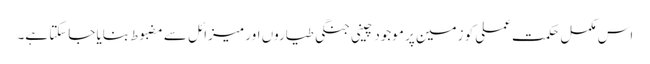
اس مکمل حکمت عملی کو زمین پر موجود چینی جنگی طیاروں اور میزائل سے مضبوط بنایا جاسکتا ہے۔